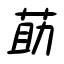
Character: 莇